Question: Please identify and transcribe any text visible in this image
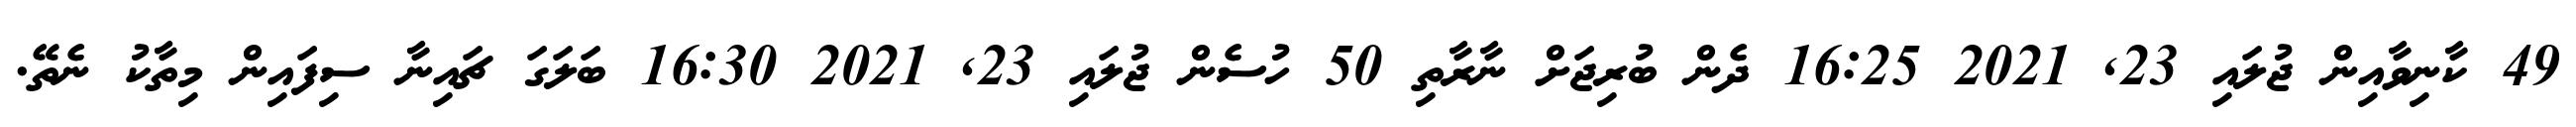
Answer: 49 ކާނިވާއިން ޖުލައި 23, 2021 16:25 ދެން ބުރިޖަށް ނާރާތި 50 ހުސެން ޖުލައި 23, 2021 16:30 ބަލަގަ ޗައިނާ ސިފައިން މިތާކު ނެތޭ.